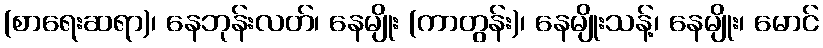
(စာရေးဆရာ)၊ နေဘုန်းလတ်၊ နေမျိုး (ကာတွန်း)၊ နေမျိုးသန့်၊ နေမျိုး၊ မောင်